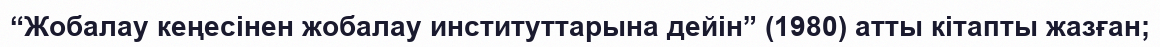
“Жобалау кеңесінен жобалау институттарына дейін” (1980) атты кітапты жазған;